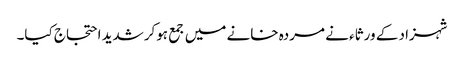
شہزاد کے ورثاء نے مردہ خانے میں جمع ہوکرشدید احتجاج کیا۔